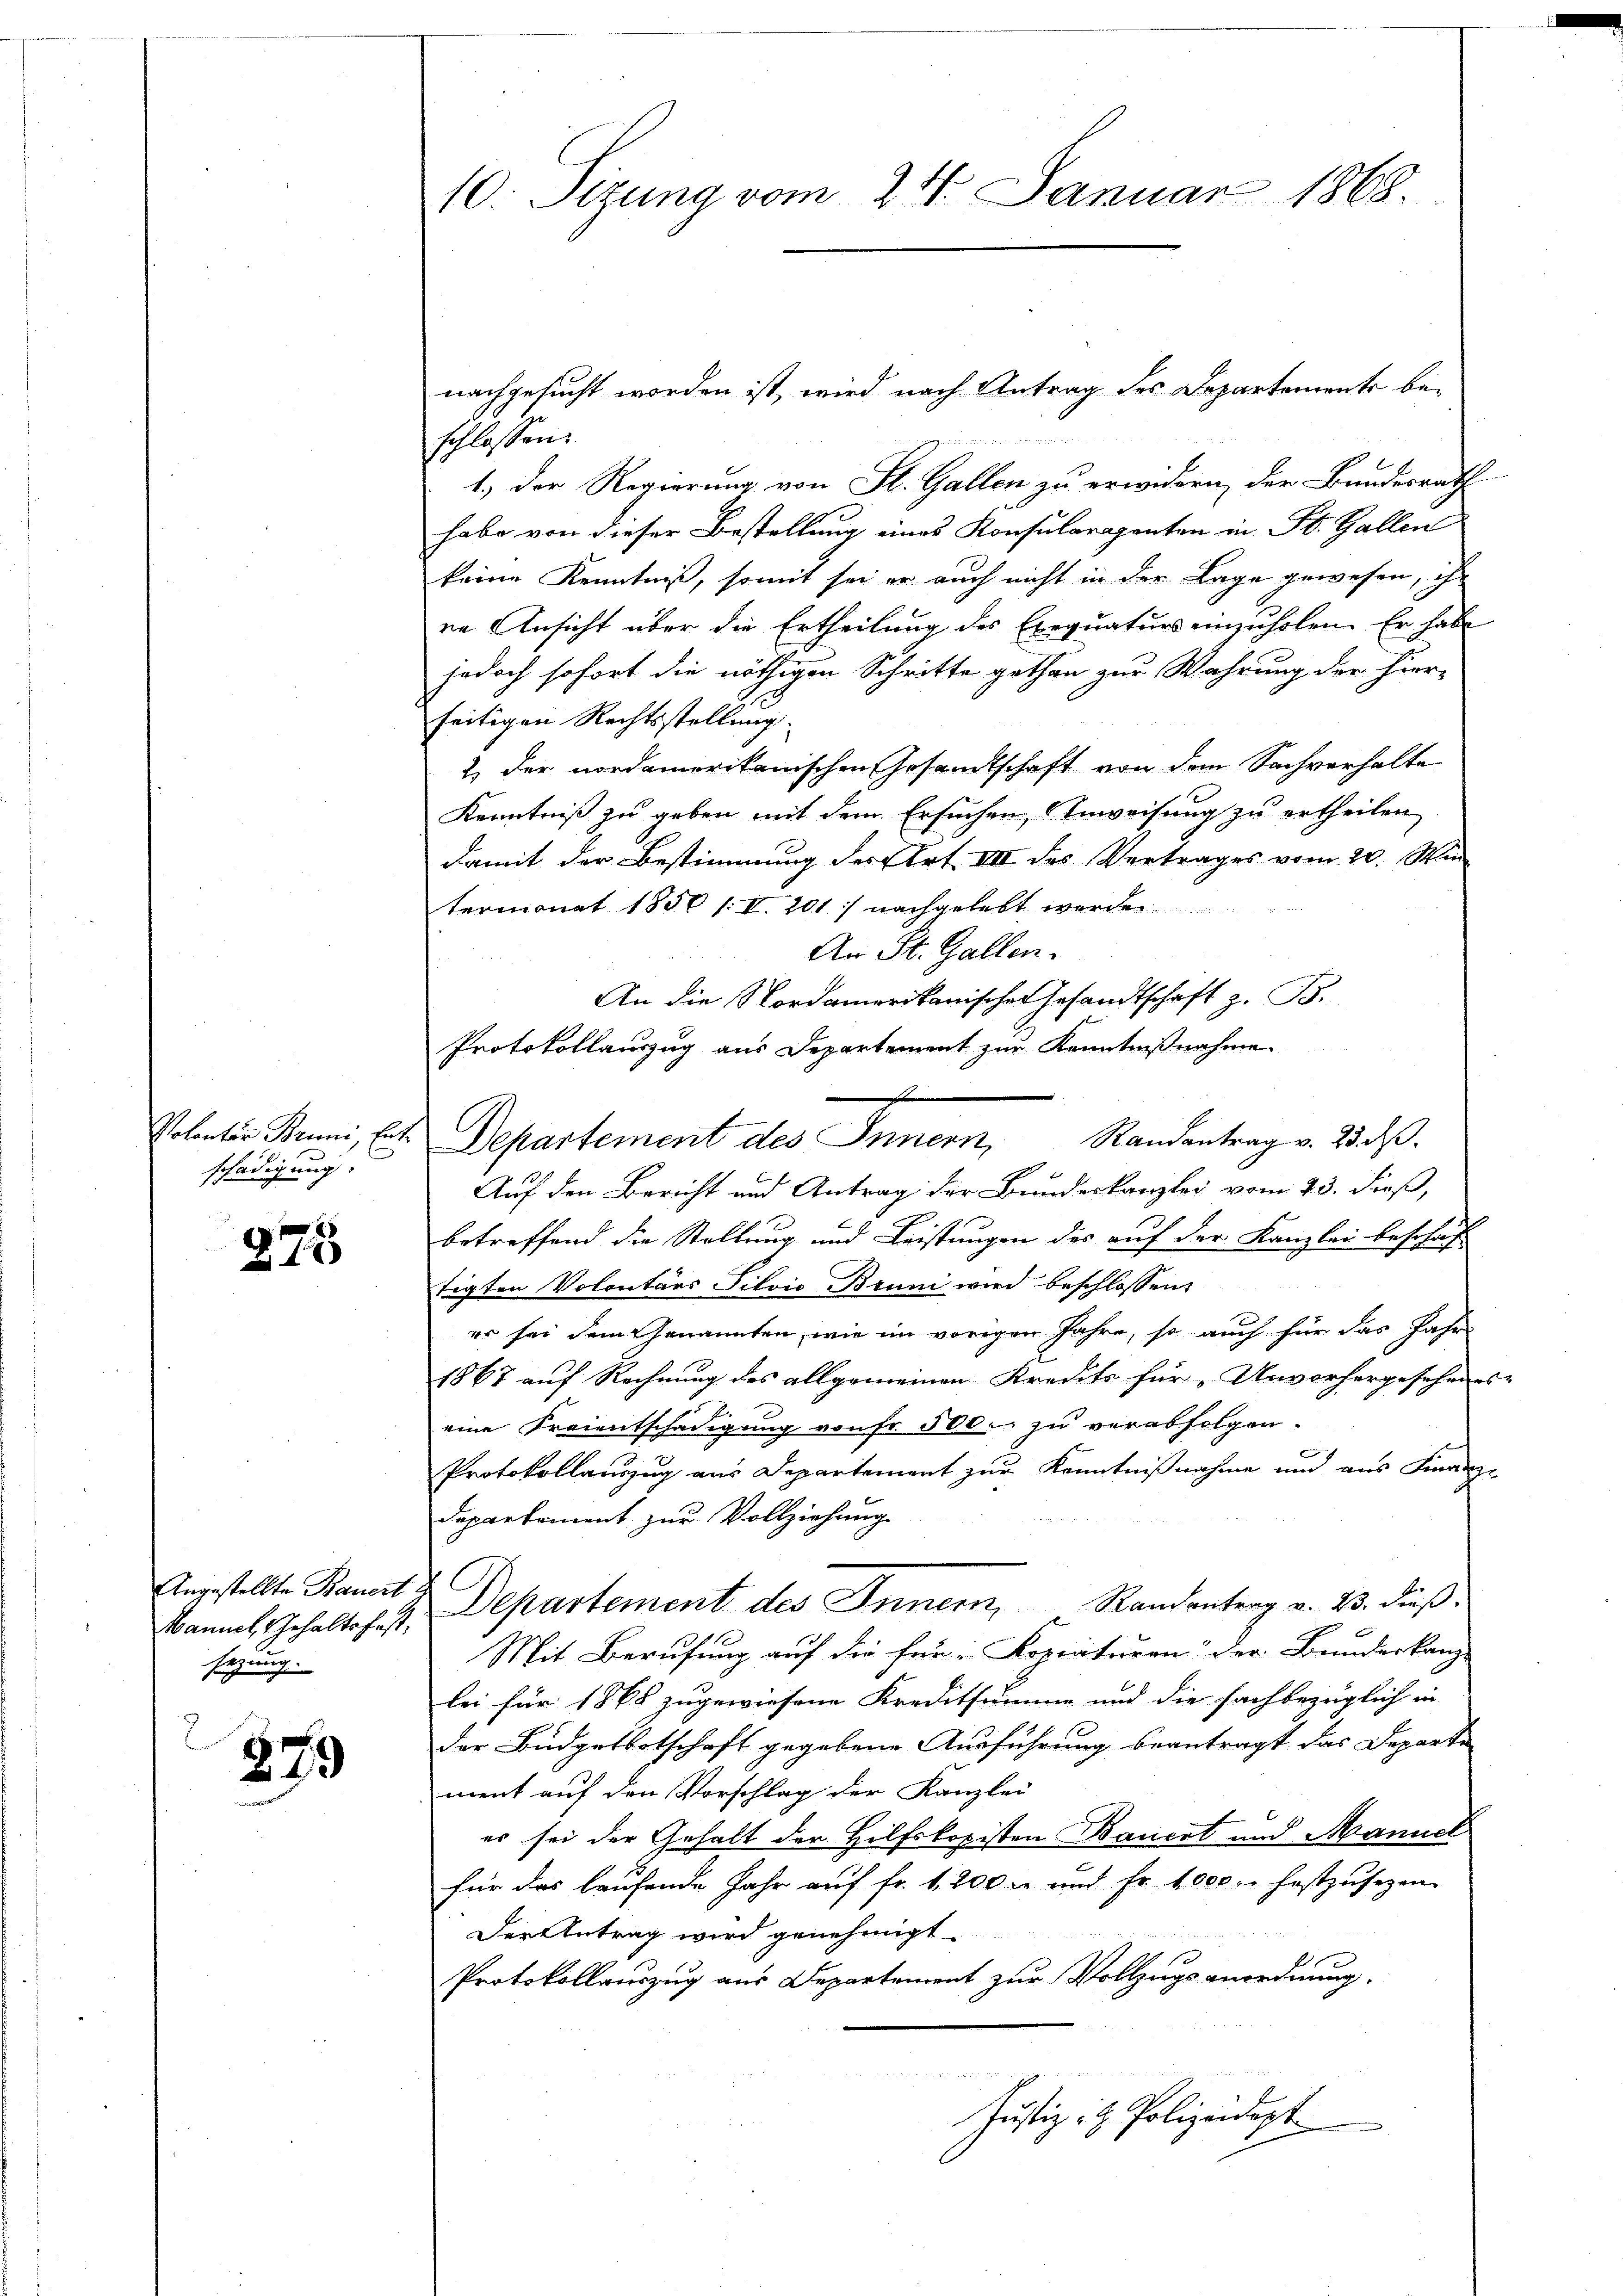
s
schädigung.

278

Mannet, Gehaltsfestsezung.

879

10. Sizung vom 24. Januar 1868.

2
schlossen:
1.) Der Regierung von St. Gallen zu erwidern, der Bundesrath
habe von dieser Bestellung eines Konsularagenten in St. Gallen
keine Kenntniß, somit sei er auch nicht in der Lage gewesen, ihr
re Ansicht über die Ertheilung des Exequaturs einzuholen. Er habe
jedoch sofort die nöthigen Schritte gethan zur Wahrung der hier-
seitigen Rechtsstellung.
2) der nordamerikanischen Gesandtschaft von dem Sachverhalte
Kenntniß zu geben mit dem Ersuchen, Anweisung zu ertheilen
damit der Bestimmung der Art. III des Vertrages vom 20. Win
termonat 1850 l. II. 201) nachgelebt werden
An St. Gallen.
An die Nordamerikanischen Gesandtschaft z. B.
Protokollauszug aus Departement zur Kenntnißnahme.

Auf den Bericht und Antrag der Bundeskanzlei vom 23. dieß,
betreffend die Stellung und Leistungen des auf der Kanzlei beschaftigten Volontärs Silvio Bruni wird beschlossen:
er sei dem Genannten, wie im vorigen Jahre, so auch für das Jahr
1867 auf Rechnung des allgemeinen Kredits für „Unvorhergesehenes
eine Freientschädigung von Fr. 500. zu verabfolgen.
Protokollauszug aus Departement zur Kenntnißnahme und aus Finanze
Departement zur Vollziehung
Angestellte Bauert Departement des Innern, Randantrag v. 23. dieß.
Mit Berufung auf die für „Kopiaturen der Bundeskanz-
bei für 1868 zugewiesene Kreditsumme und die fachbezüglich in
der Büdgetbotschaft gegebene Ausführung beantragt das Departe |
ment auf den Vorschlag der Kanzlei
es sei der Gehalt der Hilfskopisten Bauert und Mannel
für das laufende Jahr auf fr. 1200 l. und Fr. 4000. festzusetzen.
Der Antrag wird genehmigt.
Protokollauszug aus Departement zur Vollzugsanordnung.

Justiz- & Polizeidept

nachgesucht worden ist, wird nach Antrag des Departements be-

f
Polontär Bruni, hat. Departement des Innern, Randantrag v. 23. ds.